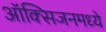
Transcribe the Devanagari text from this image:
ऑक्सिजनमध्ये